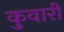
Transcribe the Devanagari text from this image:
कुवारीं